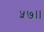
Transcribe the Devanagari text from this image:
५७।।